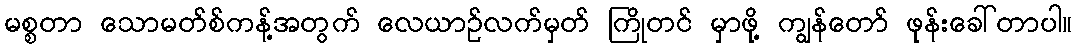
မစ္စတာ သောမတ်စ်ကန့်အတွက် လေယာဉ်လက်မှတ် ကြိုတင် မှာဖို့ ကျွန်တော် ဖုန်းခေါ်တာပါ။